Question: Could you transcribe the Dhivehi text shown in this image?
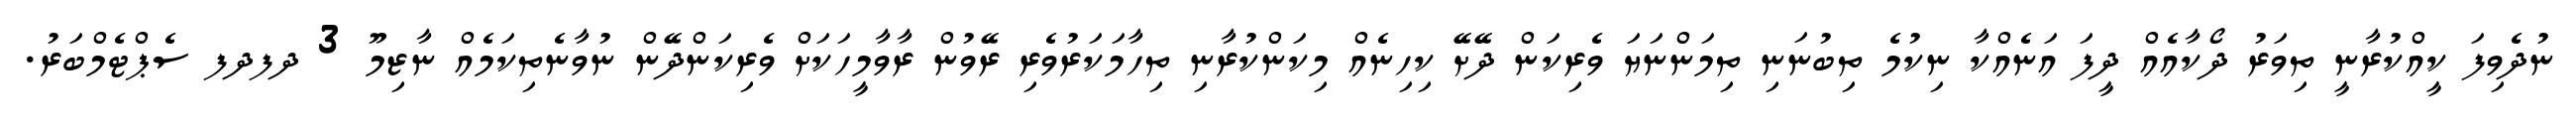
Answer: ނުދެވިފަ ކީއްކުރާނީ ތިވަރު ދޯކާއެއް ދީފަ އަނެއްކާ ނިކުމެ ތިބުނަނި ތިމަންނަޔަ ވެރިކަން ދޭށޭ ކިހިނެއް މިކަންކުރާނި ތިހާމަކަރުވެރި ރޭވުން ރާވާމީހަކަށް ވެރިކަންދޭން ނުވާނެތިކަމެއް ނާޒިމޫ 3 ދފދފ ސެޕްޓެމްބަރު.